Riigikantselei, lk 167
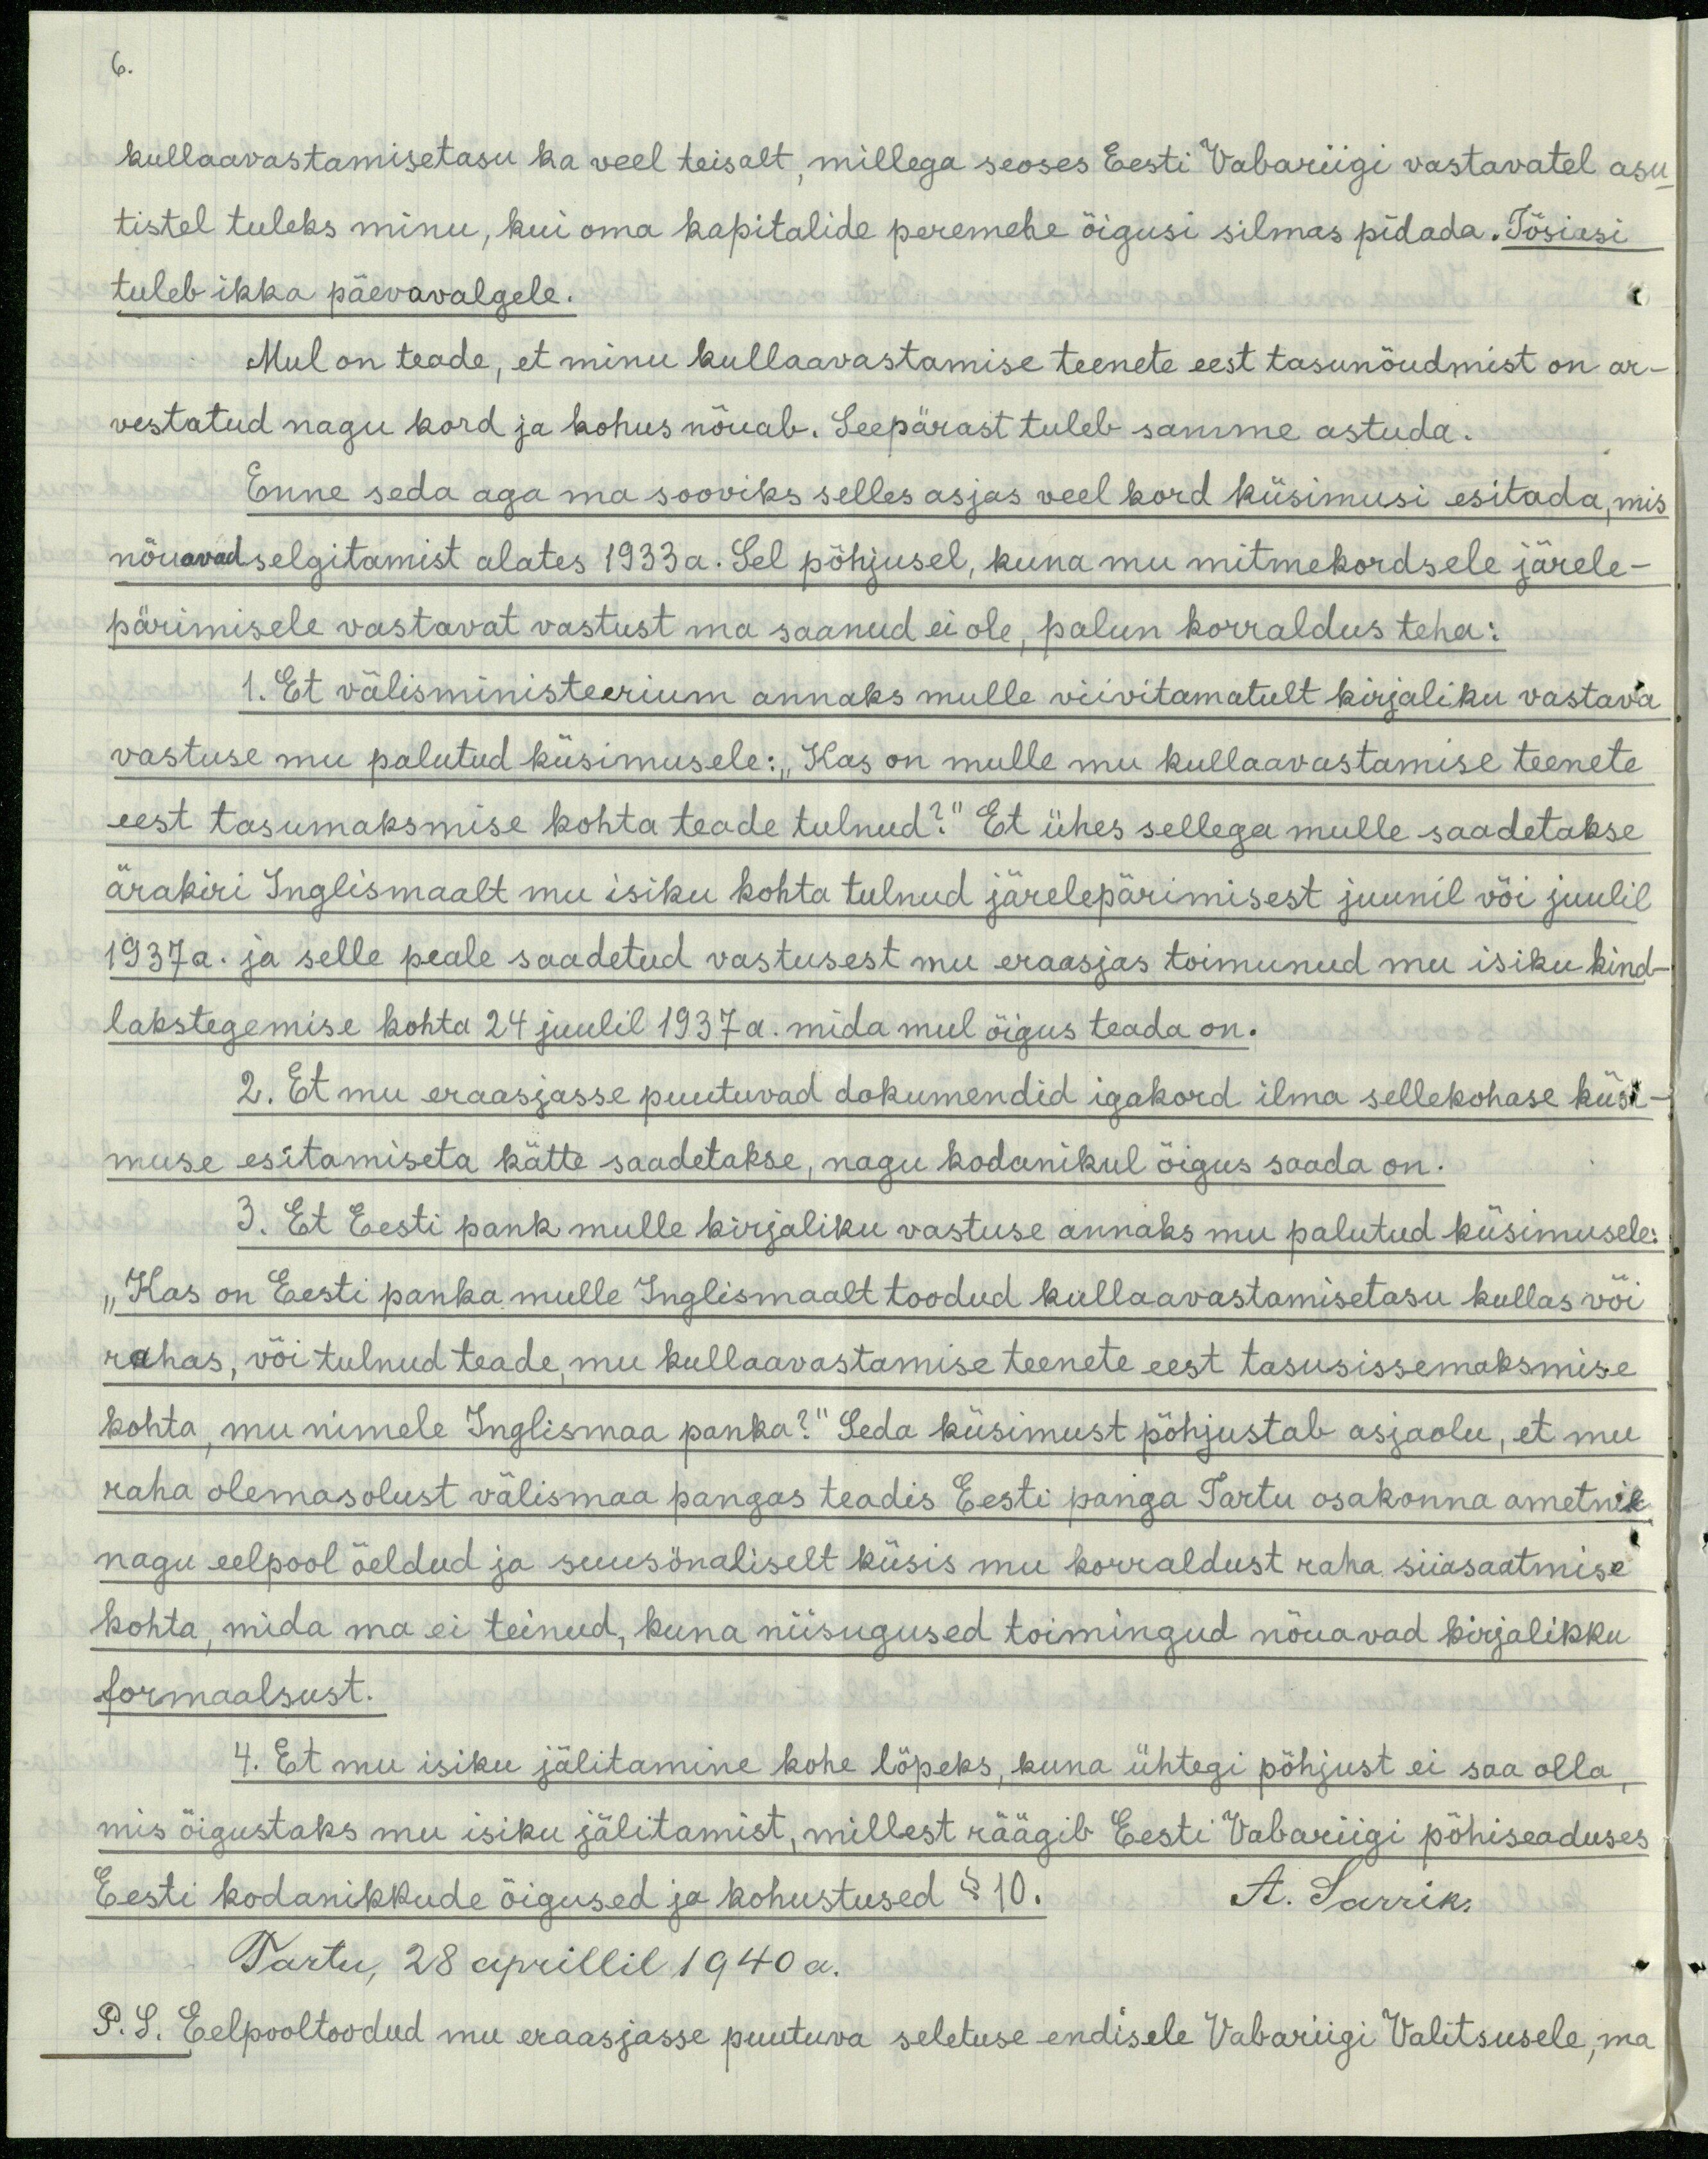
6.

kullaavastamisetasu ka veel teisalt, millega seoses Eesti Vabariigi vastavatel asu-
tistel tuleks minu, kui oma kapitalide peremehe õigusi silmas pidada. Tõsiasi
tuleb ikka päevavalgele.
Mul on teade, et minu kullaavastamise teenete eest tasunõudmist on ar-
vestatud nagu kord ja kohus nõuab. Seepärast tuleb samme astuda.
Enne seda aga ma sooviks selles asjas veel kord küsimusi esitada, mis
nõuavad selgitamist alates 1933 a. Sel põhjusel, kuna mu mitmekordsele järele-
pärimisele vastavat vastust ma saanud ei ole, palun korraldus teha:
1. Et välisministeerium annaks mulle viivitamatult kirjaliku vastava
vastuse mu palutud küsimusele: „Kas on mulle mu kullaavastamise teenete
eest tasumaksmise kohta teade tulnud?" Et ühes sellega mulle saadetakse
ärakiri Inglismaalt mu isiku kohta tulnud järelepärimisest juunil või juulil
1937a. ja selle peale saadetud vastusest mu eraasjas toimunud mu isiku kind-
lakstegemise kohta 24 juulil 1937 a. mida mul õigus teada on.
2. Et mu eraasjasse puutuvad dokumendid igakord ilma sellekohase küsi-
muse esitamiseta kätte saadetakse, nagu kodanikul õigus saada on.
3. Et Eesti pank mulle kirjaliku vastuse annaks mu palutud küsimuselt
„Kas on Eesti panka mulle Inglismaalt toodud kullaavastamisetasu kullas või
rahas, või tulnud teade, mu kullaavastamise teenete eest tasusissemaksmise
kohta, mu nimele Inglismaa panka?" Seda küsimust põhjustab asjaolu, et mu-
raha olemasolust välismaa pangas teadis Eesti panga Tartu osakonna ametnik
nagu eelpool öeldud ja suusõnaliselt küsis mu korraldust raha siiasaatmise
kohta, mida ma ei teinud, kuna niisugused toimingud nõuavad kirjalikku
formaalsust.
4. Et mu isiku jälitamine kohe lõpeks, kuna ühtegi põhjust ei saa olla,
mis õigustaks mu isiku jälitamist, millest räägib Eesti Vabariigi põhiseaduses
Eesti kodanikkude õigused ja kohustused § 10.
A. Sarrik.
Tartu, 28 aprillil 1940a.
P.S. Eelpooltoodud mu eraasjasse puutuva seletuse endisele Vabariigi Valitsusele, ma